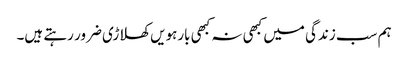
ہم سب زندگی میں کبھی نہ کبھی بارہویں کھلاڑی ضرور رہتے ہیں۔